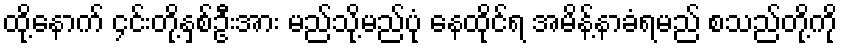
ထို့နောက် ၄င်းတို့နှစ်ဦးအား မည်သို့မည်ပုံ နေထိုင်ရ အမိန့်နာခံရမည် စသည်တို့ကို